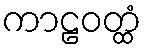
ကာဠဝတ္ထံ